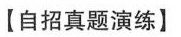
【自招真题演练】